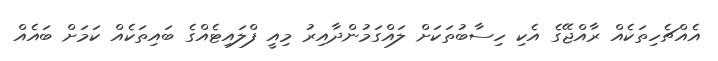
އެއްޗެހިތަކެއް ރާއްޖޭގެ އެކި ހިސާބުތަކަށް ލައްގަމުންދާއިރު މިއީ ފްލައިޓެއްގެ ބައިތަކެއް ކަމަށް ބައެއް